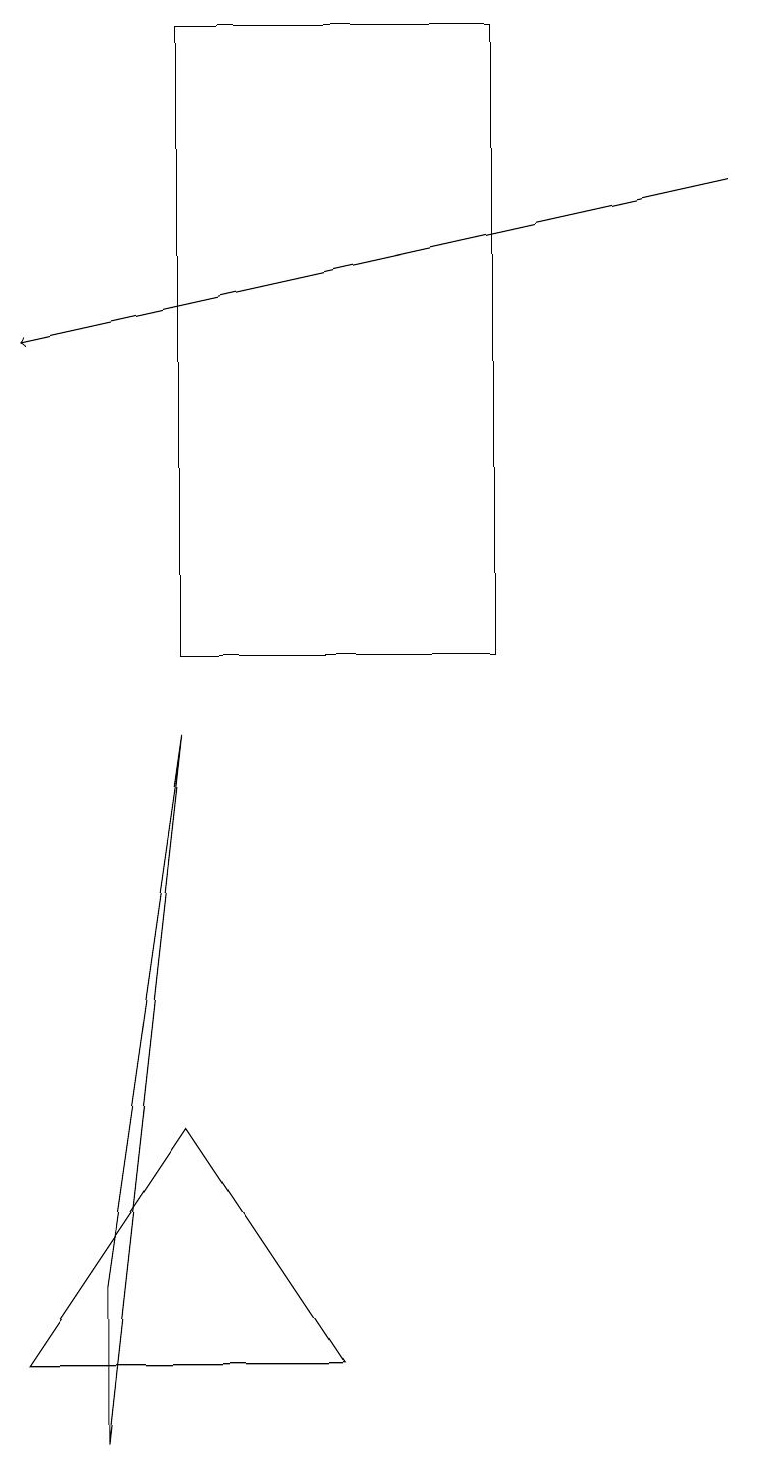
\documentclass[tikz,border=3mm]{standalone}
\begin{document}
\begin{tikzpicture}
\draw[->] (9,16) -- (0,14);
\draw (1,0) -- (2,9) -- (1,2) -- cycle;
\draw (2,18) rectangle (6,10);
\draw (4,1) -- (0,1) -- (2,4) -- cycle;
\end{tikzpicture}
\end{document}